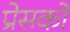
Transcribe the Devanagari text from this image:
प्रेसको